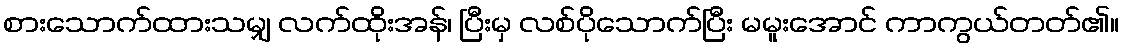
စားသောက်ထားသမျှ လက်ထိုးအန်၊ ပြီးမှ လစ်ပိုသောက်ပြီး မမူးအောင် ကာကွယ်တတ်၏။